Malaria in the Duars
Disease focus: Malaria
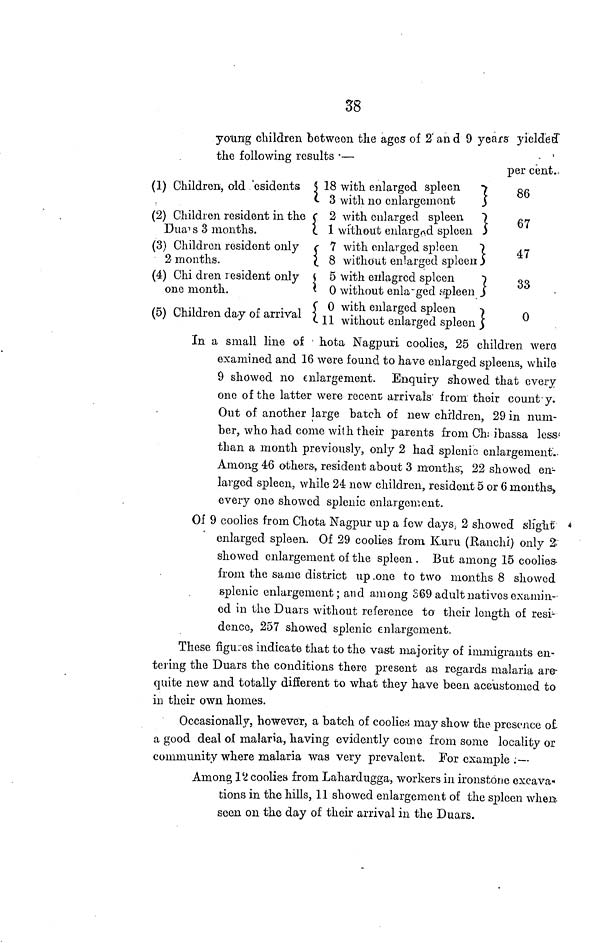
38
young children between the ages of 2 and 9 years yielded
the following results —
(1) Children, old 'esidents
(2) Children resident in the
Dua\ill\s 3 months.
(3) Children resident only
2 months.
(4) Chi dren resident only
one month.
(5) Children day of arrival
{ 18 with enlarged spleen
}
3 with no enlargement
2 with enlarged spleen.
1 without enlarged spleen
7 with enlarged spleen
8 without enlarged spleen
5 with enlagrod spleen
0 without enla- ged spleen
0 with enlarged spleen
11 without enlarged spleen
per cent.
86
67
47
33
0
In a small line of hota Nagpuri coalies, 25 children were
examined and 16 were found to have enlarged spleens, while
9 showed no enlargement. Enquiry showed that every
one of the latter were recent; arrival's from their count'y.
Out of another large batch of new children, 29 in num-
ber, who had come with their parents from Ch ibassa less
than a month previously, only 2 had splenic enlargement.
Among 46 others, resident about 3 months; 22 showed en-
larged spleen, while 24 now children, resident 5 or 6 months,
every one showed splenic enlargement.
Of 9 coolies from Chota Nagpur up a few days, 2 showed slight
enlarged spleen. Of 29 coolies from Kuru (Ranchi) only 2
showed enlargement of the spleen . But among 15 coolies-
from the same district up one to two months 8 showed
splenic enlargement; and among S69 adult natives examin-
ed in the Duars without reference to their length of resi-
dence, 257 showed splenic enlargement.
These figures indicate that to the vast majority of immigrants en-
tering the Duars the conditions there present as regards malaria are-
quite new and totally different to what they have been accustomed to
in their own homes.
Occasionally, however, a batch of coolies may show the presence of
a good deal of malaria, having evidently come from some locality or
community where malaria was very prevalent. For example : —
Among 12 coolies from Lahardugga, workers in ironstone excava-
tions in the hills, 11 showed enlargement of the spleen when,
seen on the day of their arrival in the Duars.